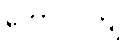
တော်ဝင်ကျဲ